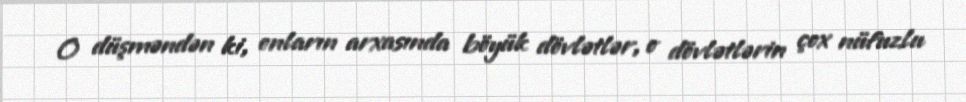
O düşməndən ki, onların arxasında böyük dövlətlər, o dövlətlərin çox nüfuzlu